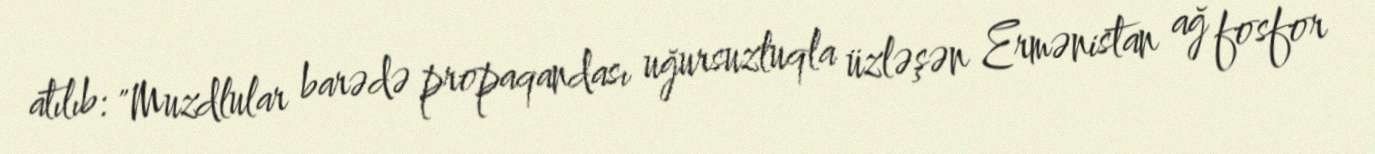
atılıb: "Muzdlular barədə propaqandası uğursuzluqla üzləşən Ermənistan ağ fosfor